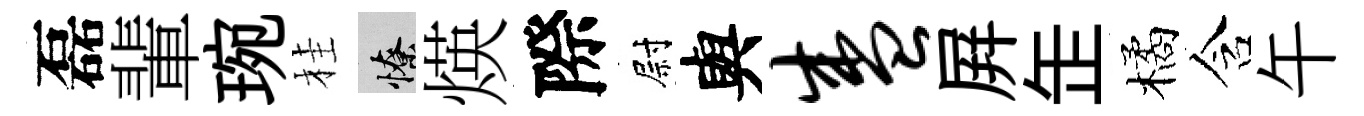
磊輩琬桂憭煐際尉與盛屛𦈢橘含午